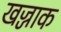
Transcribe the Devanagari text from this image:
खज्जाक